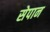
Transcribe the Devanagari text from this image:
सेपान